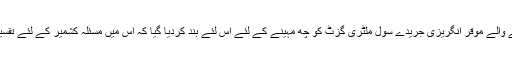
پاکستان میں شائع ہونے والے موقر انگریزی جریدے سول ملٹری گزٹ کو چھ مہینے کے لئے اس لئے بند کردیا گیا کہ اس میں مسئلہ کشمیر کے لئے تقسیم کا منصوبہ درج تھا۔